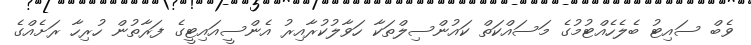
ވެބް ސައިޓު ބެލެހެއްޓުމުގެ މަސައްކަތް ކައުންސިލްތަކާ ހަވާލުކުރާއިރު އެންސީއައިޓީގެ ފަރާތުން ހުރިހާ ރަށެއްގެ